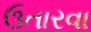
ઉતારવા